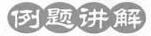
例题讲解